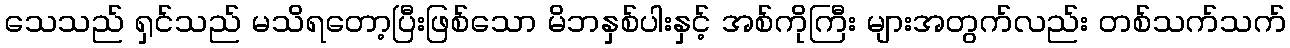
သေသည် ရှင်သည် မသိရတော့ပြီးဖြစ်သော မိဘနှစ်ပါးနှင့် အစ်ကိုကြီး များအတွက်လည်း တစ်သက်သက်